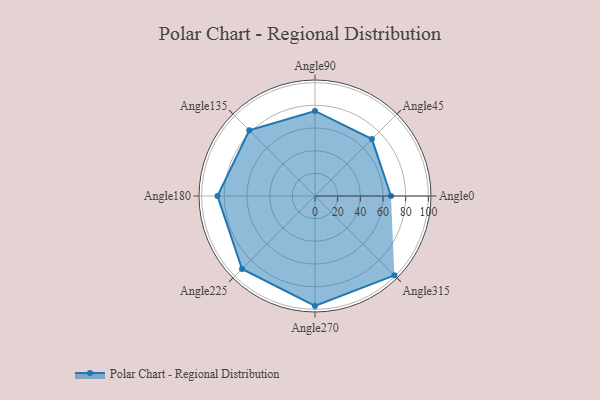
{"axis": {"x": "Angle", "y": "Radius"}, "legend": [""], "data": [{"x": "Angle0", "y": 67.0, "type": ""}, {"x": "Angle45", "y": 71.0, "type": ""}, {"x": "Angle90", "y": 75.0, "type": ""}, {"x": "Angle135", "y": 82.0, "type": ""}, {"x": "Angle180", "y": 86.0, "type": ""}, {"x": "Angle225", "y": 91.0, "type": ""}, {"x": "Angle270", "y": 97.0, "type": ""}, {"x": "Angle315", "y": 99.0, "type": ""}]}